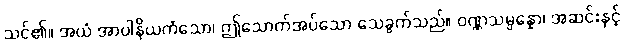
သင်၏။ အယံ အာပါနိယကံသော၊ ဤသောက်အပ်သော သေခွက်သည်။ ဝဏ္ဏသမ္ပန္နော၊ အဆင်းနှင့်